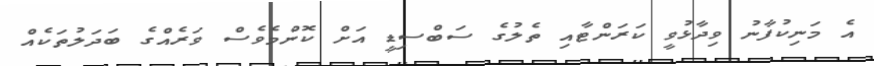
އެ މަނިކުފާނު ވިދާޅުވީ ކަރަންޓާއި ތެލުގެ ސަބްސިޑީ އަށް ކޮންމެވެސް ވަރެއްގެ ބަދަލުތަކެއް